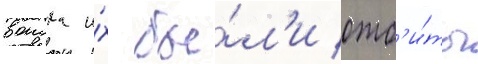
воиска и́х бы́л'и отб'и́ты